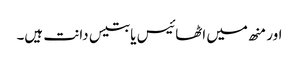
اور منھ میں اٹھائیس یا بتیس دانت ہیں۔